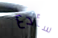
سأدع